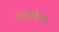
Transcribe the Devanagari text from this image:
त्यापुर्वीच्या